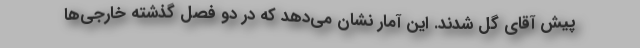
پیش آقای گل شدند. این آمار نشان می‌دهد که در دو فصل گذشته خارجی‌ها